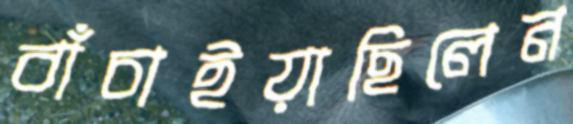
বাঁচাইয়াছিলেন